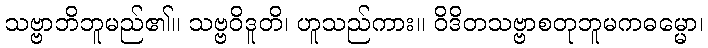
သဗ္ဗာဘိဘူမည်၏။ သဗ္ဗဝိဒူတိ၊ ဟူသည်ကား။ ဝိဒိတသဗ္ဗာစတုဘူမကဓမ္မော၊